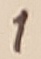
Text: 1